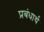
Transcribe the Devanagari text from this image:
प्रबंधार्थ